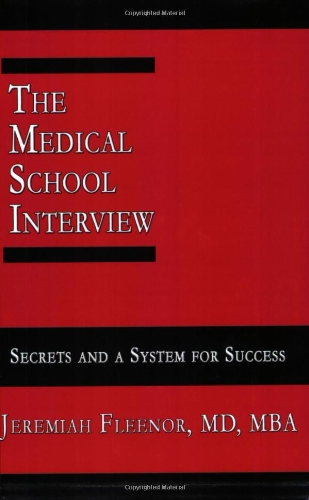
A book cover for The Medical School Interview: Secrets and a System for Success; Jeremiah Fleenor; Education & Teaching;